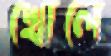
খোলে